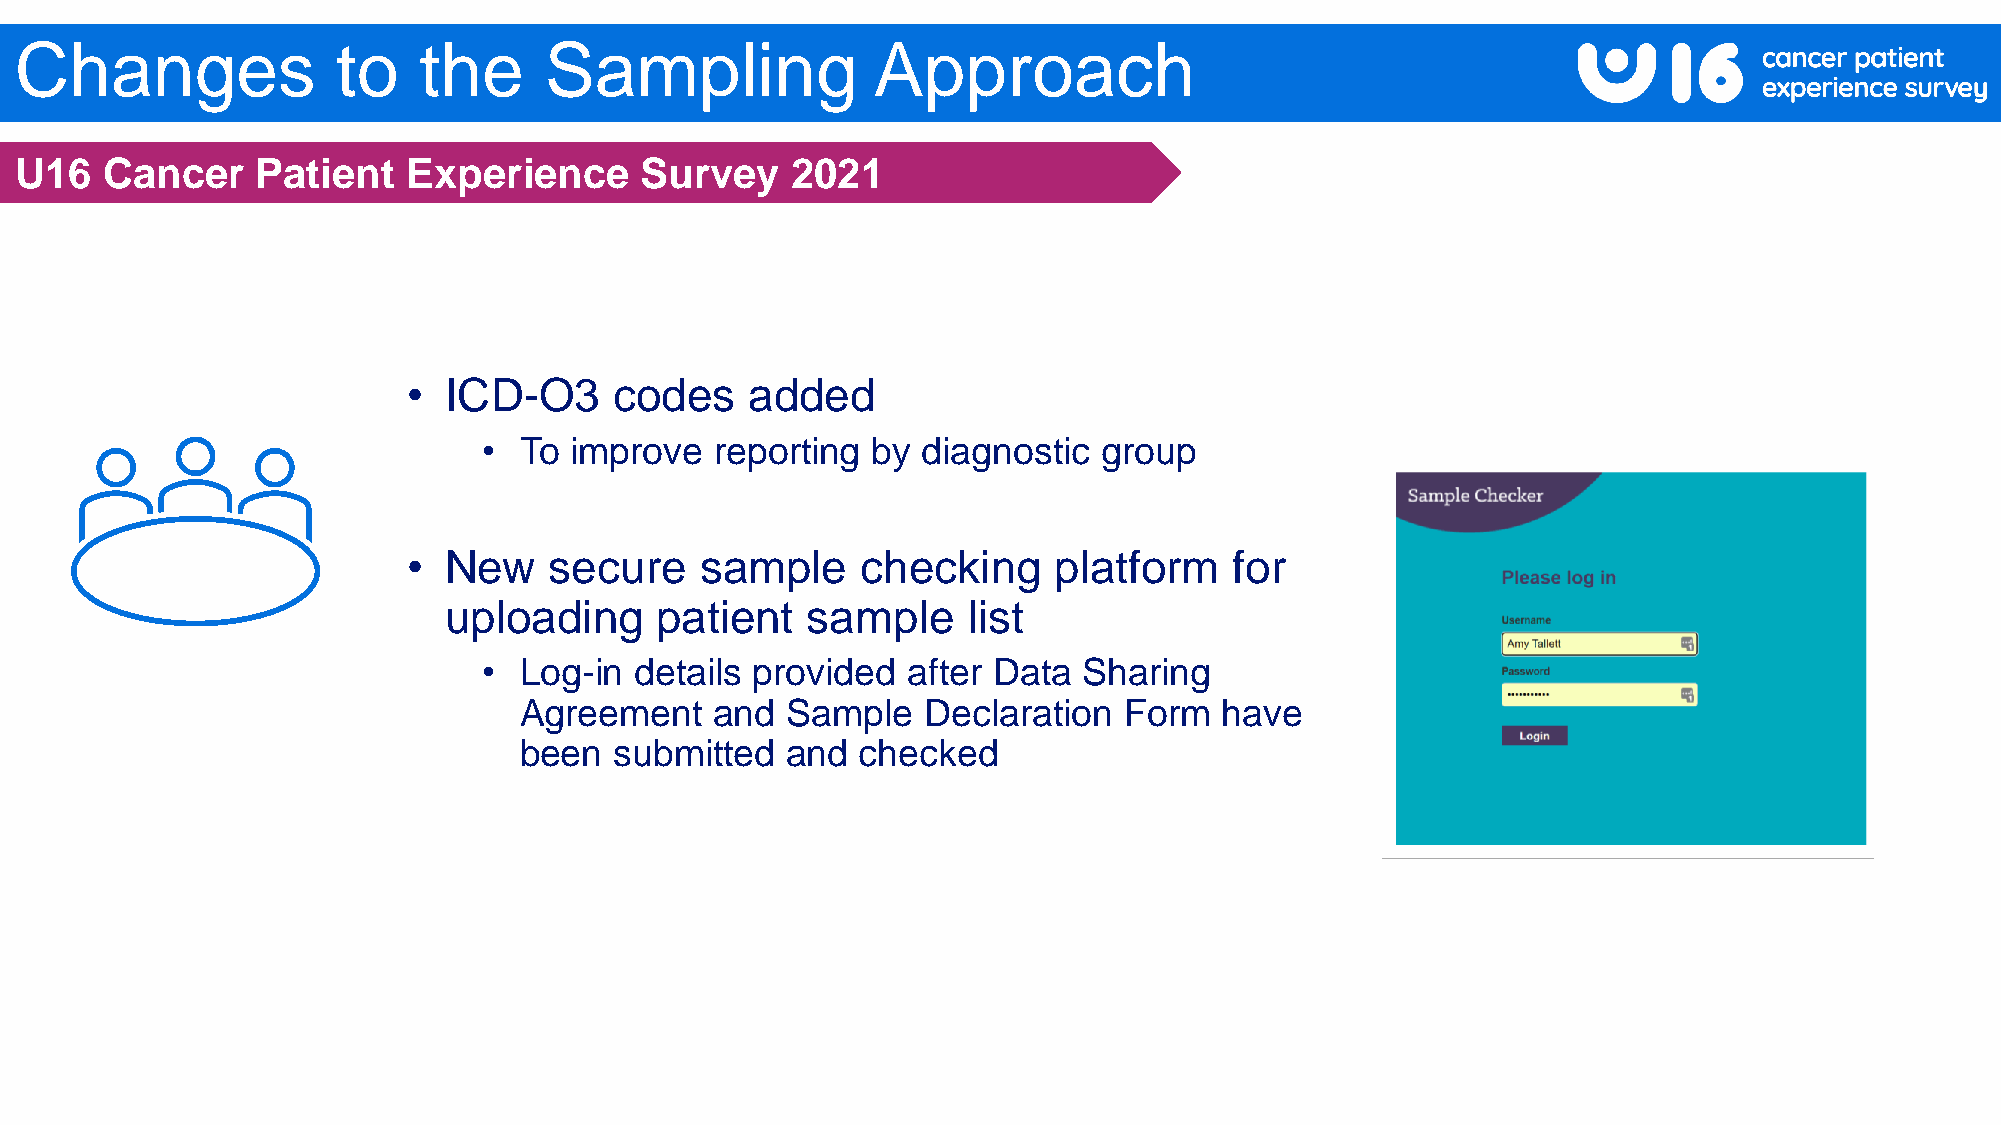
Changes              to    the     Sampling              Approach
 U16   Cancer    Patient   Experience     Survey    2021
 • ICD-O3      codes    added
 • To  improve  reporting  by diagnostic  group
 • New    secure    sample     checking     platform    for
 uploading     patient   sample     list
 • Log-in  details provided  after Data  Sharing
 Agreement    and  Sample   Declaration  Form   have
 been   submitted  and  checked